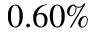
0 . 6 0 \%